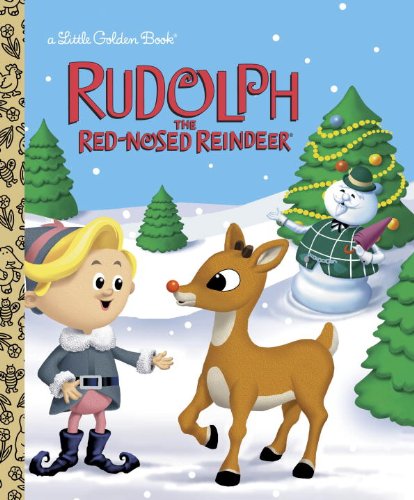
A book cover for Rudolph the Red-Nosed Reindeer (Rudolph the Red-Nosed Reindeer) (Little Golden Book); Rick Bunsen; Children's Books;